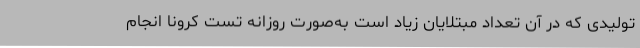
تولیدی که در آن تعداد مبتلایان زیاد است به‌صورت روزانه تست کرونا انجام